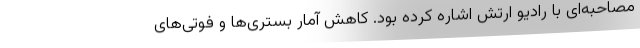
مصاحبه‌ای با رادیو ارتش اشاره کرده بود. کاهش آمار بستری‌ها و فوتی‌های